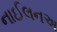
નાઈલનઅ